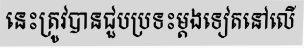
នេះត្រូវបានជួបប្រទះម្តងទៀតនៅលើ